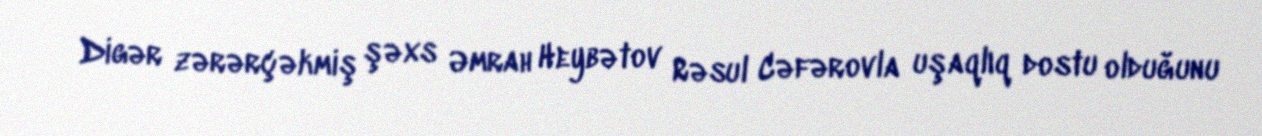
Digər zərərçəkmiş şəxs Əmrah Heybətov Rəsul Cəfərovla uşaqlıq dostu olduğunu